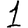
Digit: 1